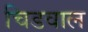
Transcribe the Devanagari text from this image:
चिडवाल